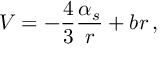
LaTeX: V = - { \frac { 4 } { 3 } } { \frac { \alpha _ { s } } { r } } + b r \, ,